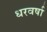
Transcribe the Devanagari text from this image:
धरवर्षा